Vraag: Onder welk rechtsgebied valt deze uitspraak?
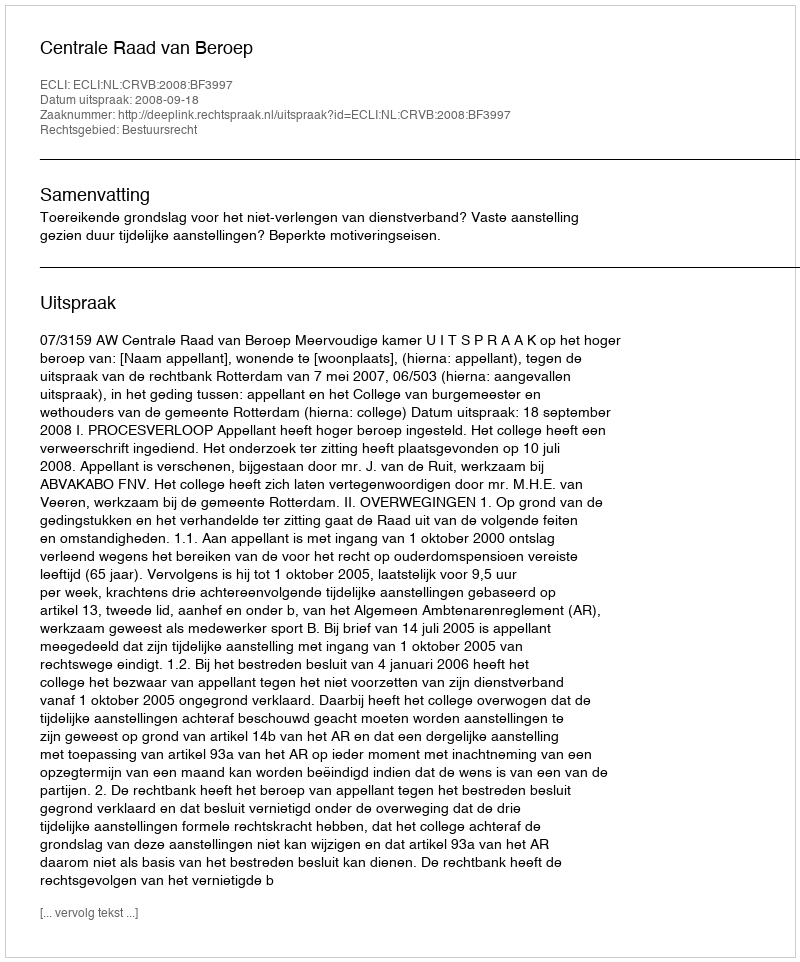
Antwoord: Bestuursrecht